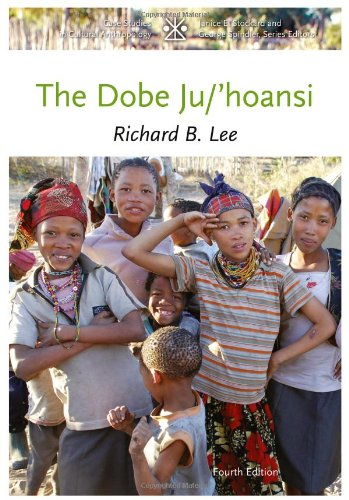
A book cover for The Dobe Ju/'Hoansi (Case Studies in Cultural Anthropology); Richard B. Lee; Politics & Social Sciences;